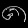
Digit: ၈